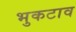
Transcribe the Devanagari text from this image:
भुकटाव